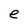
Character: e